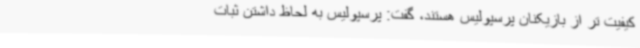
کیفیت تر از بازیکنان پرسپولیس هستند، گفت: پرسپولیس به لحاظ داشتن ثبات